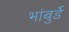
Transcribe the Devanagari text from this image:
भांबुर्डे